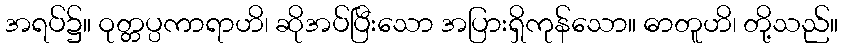
အရပ်၌။ ဝုတ္တပ္ပကာရာဟိ၊ ဆိုအပ်ပြီးသော အပြားရှိကုန်သော။ ဓာတူဟိ၊ တို့သည်။